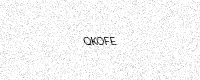
Text: QKOFE